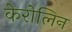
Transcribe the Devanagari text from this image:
केरोलिन